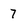
Character: 7